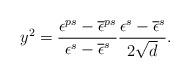
LaTeX: \begin{align*}y^{2} = \frac{\epsilon^{ps}-\overline{\epsilon}^{ps}} {\epsilon^{s}-\overline{\epsilon}^{s}} \frac{\epsilon^{s}-\overline{\epsilon}^{s}}{2 \sqrt{d}}. \end{align*}